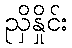
ညှိနှိုင်း